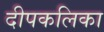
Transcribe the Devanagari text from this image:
दीपकलिका